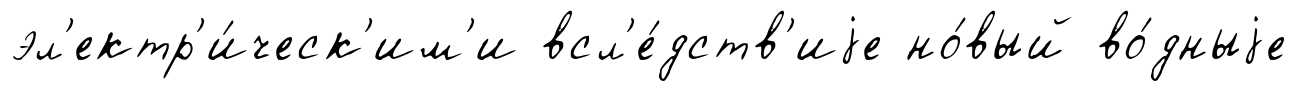
эл'ектр'и́ческ'им'и всл'е́дств'иjе но́вый во́дныjе